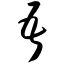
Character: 吾